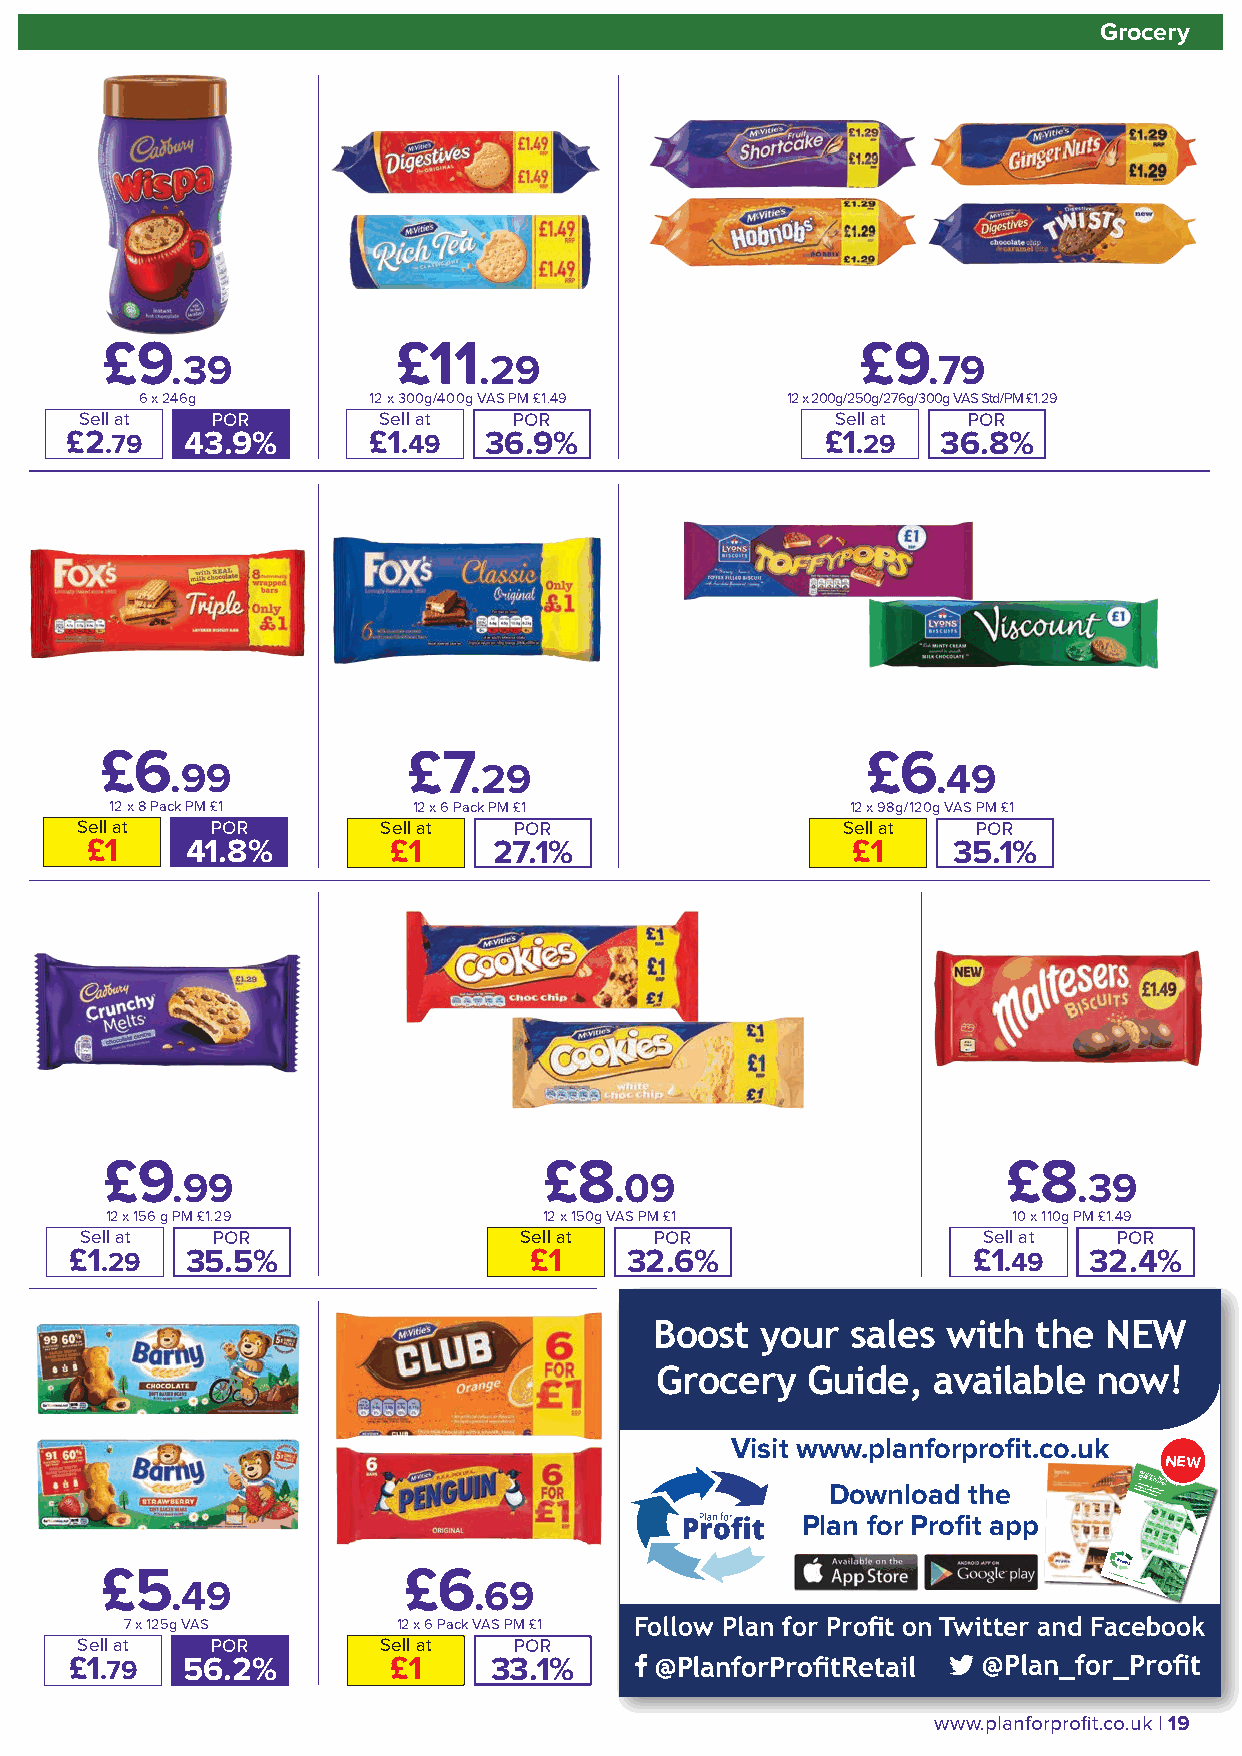
Grocery                                                                      Grocery
 £9                 £11                            £9
 .39                  .29                           .79
 6 x 246g        12 x 300g/400g VAS PM £1.49 12 x 200g/250g/276g/300g VAS Std/PM £1.29
 Sell at  POR        Sell at  POR                  Sell at  POR
 £2.79   43.9%        £1.49  36.9%                  £1.29  36.8%
 £6                  £7                            £6
 .99                 .29                            .49
 12 x 8 Pack PM £1   12 x 6 Pack PM £1            12 x 98g/120g VAS PM £1
 Sell at  POR        Sell at  POR                   Sell at  POR
 £1    41.8%         £1     27.1%                   £1    35.1%
 £9                           £8                             £8
 .99                          .09                           .39
 12 x 156 g PM £1.29          12 x 150g VAS PM £1            10 x 110g PM £1.49
 Sell at  POR                  Sell at POR                   Sell at  POR
 £1.29  35.5%                  £1     32.6%                  £1.49  32.4%
 Boost  your  sales  with  the NEW
 Grocery   Guide,  available  now!
 Visit www.planforprofit.co.uk
 NEW
 Visit wwwDo.pwlanlnofaodr pthreo fi t.co.ukincTadhte2 eC e p0 gG 2 eGoh1 nrrr dyi o eo l cgnl ec ut ri & ye dr ee&r t afFy Noilorr, e ntr e hN Fee o o oz dn e Food,
 Plan for Profit app
 £5  .49             £6  .69                                        Download the app | Visit wwwA. polannefo srtporopfDi tos.cwhoon.- uplt oko E ad-yn d ew Aot dt- c eii hu inn S c r ecr - ce e a a gr Psr K e s ten lrae as e e etd ah l P ndaeee a o si f ixpD s tn i tw oll n p oe d p rua g r eo ou r Ptp r ritt hcs z otn hht ot en e f or ee c i m tsiy a ir n’ !d r ap f t dt ni a peepne epo t t gdr pwe ioo fm e t eo r s rf iw p rnoiy te di F n ti s RanP eshs Edd n fr Ei tve os m rtin ro c eop t e t dt oo r h af ater e iyoi t t lu !ea a t cb rn i ht ol t ae ot nrl s& e s co t g eais r d l ef a a to ioyl nlow
 7 x 125g VAS      12 x 6 Pack VAS PM £1 Follow Plan for Profit on Twitter and Facebook
 Sell at  POR        Sell at  POR
 £1.79  56.2%         £1     33.1%     @PlanforProfitRetail  @Plan_for_Profit
 18 | Deals available 31st January - 20th February 2022            www.planforprofit.co.uk | 19